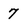
Character: 7